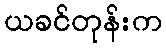
ယခင်တုန်းက